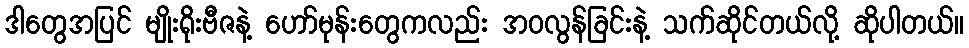
ဒါတွေအပြင် မျိုးရိုးဗီဇနဲ့ ဟော်မုန်းတွေကလည်း အဝလွန်ခြင်းနဲ့ သက်ဆိုင်တယ်လို့ ဆိုပါတယ်။